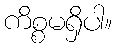
ကိစ္စမရှိပါ။